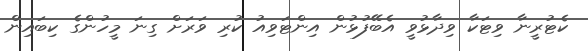
ކެޓުރީނާ ވިޓަކާ ވިދާޅުވީ އެބޭފުޅުން އިންޓަވިއު ކުރި ވަރަށް ގިނަ މީހުންގެ ކިބައިން